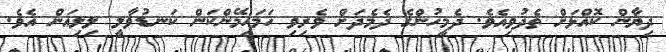
ދިޔާން ކޮއްޅަށް ތެދުވިއެވެ. ދެމީހުންގެ ދެމެދަށް ވެރިވި ހަމަހިމޭންކަން ކަނޑުވާލީ ލިލިއަން އެވެ.